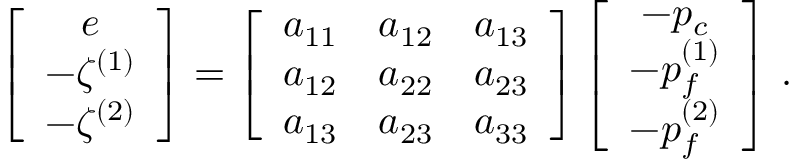
\left[ \begin{array} { c } { e } \\ { - \zeta ^ { ( 1 ) } } \\ { - \zeta ^ { ( 2 ) } } \end{array} \right] = \left[ \begin{array} { c c c } { a _ { 1 1 } } & { a _ { 1 2 } } & { a _ { 1 3 } } \\ { a _ { 1 2 } } & { a _ { 2 2 } } & { a _ { 2 3 } } \\ { a _ { 1 3 } } & { a _ { 2 3 } } & { a _ { 3 3 } } \end{array} \right] \left[ \begin{array} { c } { - p _ { c } } \\ { - p _ { f } ^ { ( 1 ) } } \\ { - p _ { f } ^ { ( 2 ) } } \end{array} \right] \, .